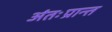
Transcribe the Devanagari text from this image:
अंतःप्रान्त